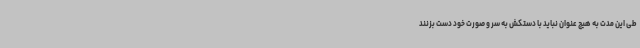
طی این مدت به هیچ عنوان نباید با دستکش به سر و صورت خود دست بزنند